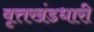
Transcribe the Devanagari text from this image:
वृत्तखंडधारी